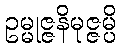
ဥမ္မုဇ္ဇနိမုဇ္ဇမ္ပိ